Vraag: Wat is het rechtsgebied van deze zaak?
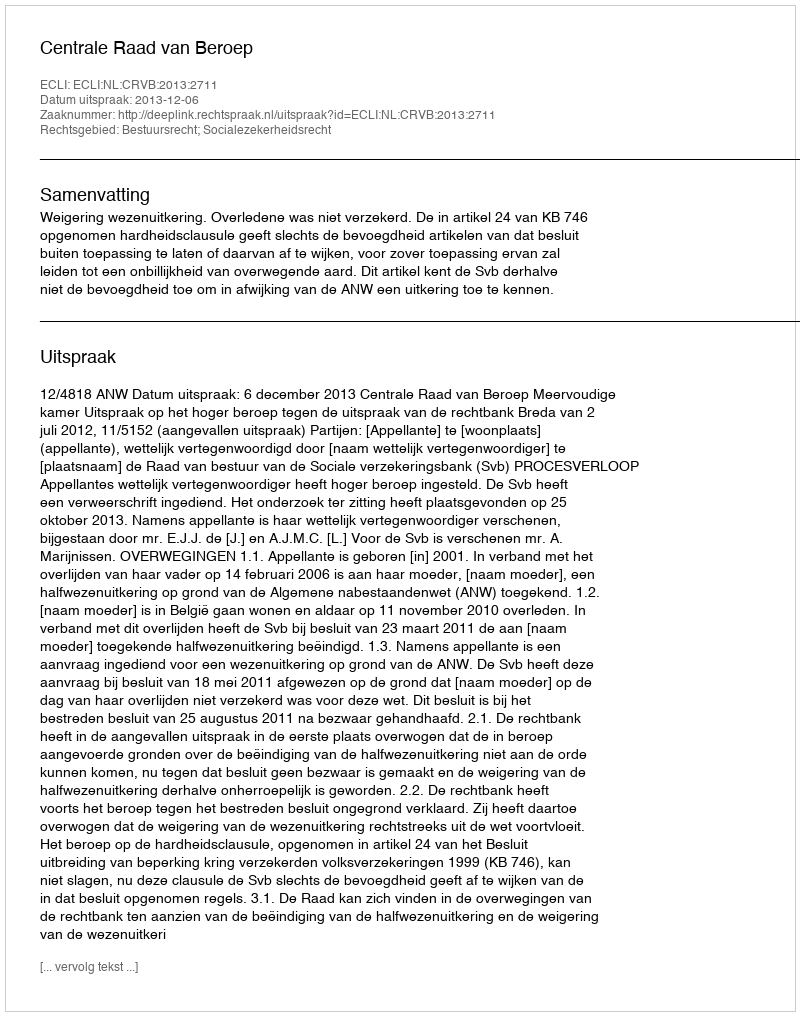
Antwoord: Bestuursrecht; Socialezekerheidsrecht